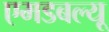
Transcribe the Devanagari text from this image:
एमडबल्यू